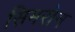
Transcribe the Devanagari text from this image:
सिमरोन